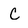
Character: C